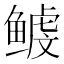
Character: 𱈉